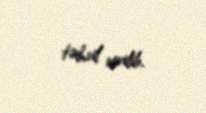
təhvil verilib.